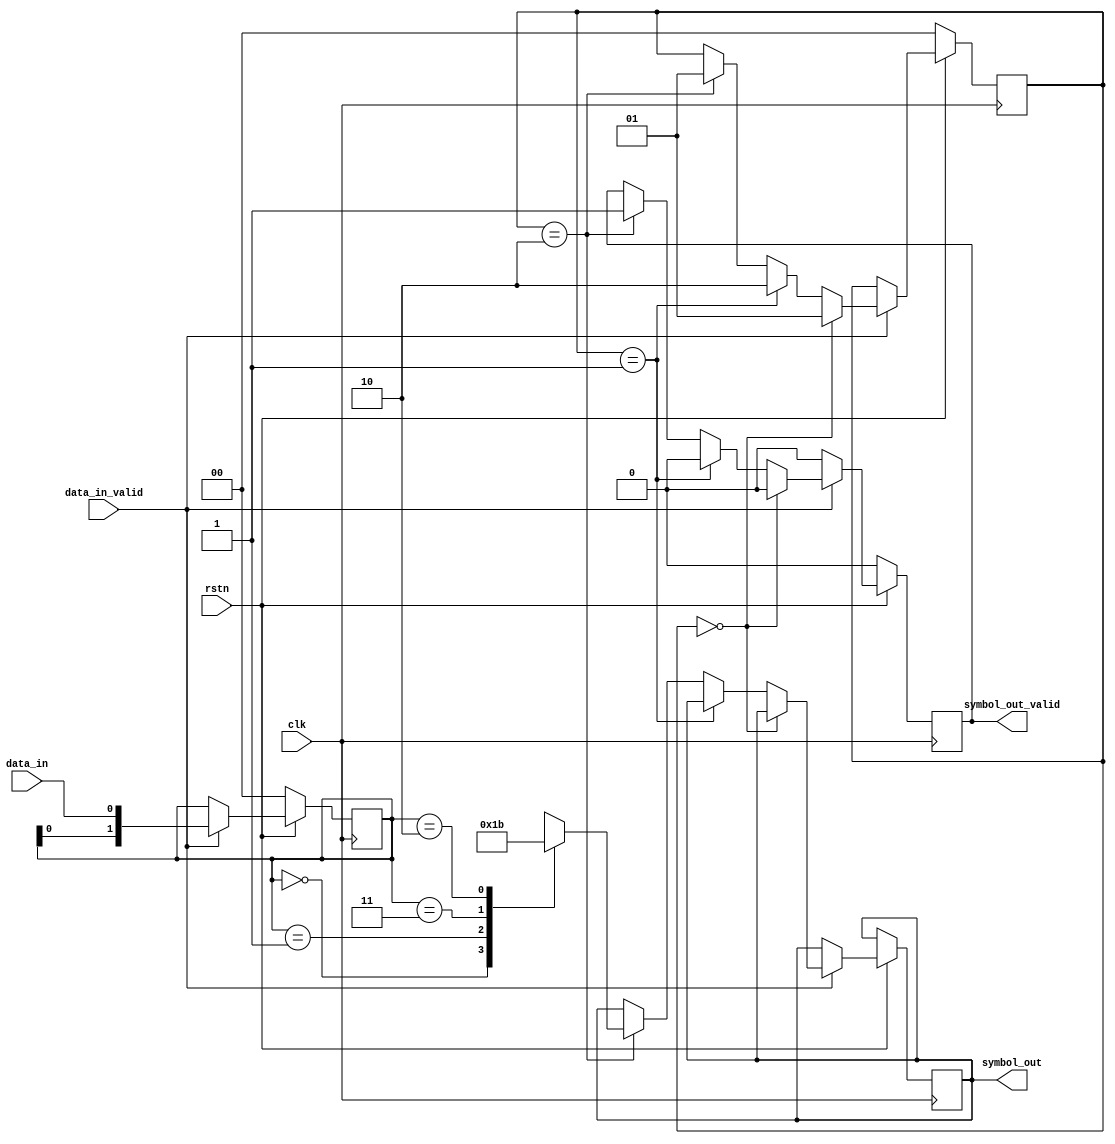
`timescale 1ns / 1ps

module grey_encode(
    input clk,
    input rstn,
    input data_in,
    input data_in_valid,
    output reg [1:0] symbol_out,
    output reg symbol_out_valid =0);
    
    //shift register to store 2 bits input data
    reg [1:0] sr = 'b00;
    
    // bit_idx = 0 if no valid data is in sr
    // bit_idx = 1 if 1 bit valid data is in sr
    // bit_idx = 2 if 2 bits valid data is in sr
    reg [1:0] bit_idx = 0;
    
    
    always @ (posedge clk)
        
        //reset
        if (!rstn) begin
            symbol_out_valid <= 0;
            bit_idx <= 0;
            sr <= 'b00;
            
        end else begin
        
            if (data_in_valid) begin
                // shift valid data into sr
                sr <= {sr[0],data_in};
                
                //2-bit symbol is not yet loaded in
                if (bit_idx == 0) begin
                    bit_idx <=1;
                    symbol_out_valid <= 0;
                end else if (bit_idx == 1) begin
                    bit_idx <=2;
                    symbol_out_valid <= 0;         
                    
                //2-bit symbol is loaded, output corresponding grey-coded symbol    
                end else if (bit_idx == 2) begin
                    case(sr)
                        2'b00: symbol_out <= 2'b00;
                        2'b01: symbol_out <= 2'b01;
                        2'b11: symbol_out <= 2'b10;
                        2'b10: symbol_out <= 2'b11;
                    endcase

                    bit_idx <= 1;
                    symbol_out_valid <= 1;
                end
            end else begin
            symbol_out_valid <=0;
        end 
    end     
endmodule


module grey_decode(
    input clk,
    input rstn,
    input [1:0] symbol_in,
    input symbol_in_valid,
    output data_out,
    output reg data_out_valid = 0);
    
    //stores most recent grey-decoded valid symbol
    reg [1:0] cur_symbol;
    
    //index of cur symbol to output
    reg bit_idx = 0;
    
    assign data_out = cur_symbol[bit_idx];
    
    always @ (posedge clk)
        
        //reset
        if (!rstn) begin
            data_out_valid <= 0;
            bit_idx <= 0;
            
        end else begin
        
            //take in new valid symbol and decode it
            if (symbol_in_valid) begin
                case(symbol_in)
                    2'b00: cur_symbol <= 2'b00;
                    2'b01: cur_symbol <= 2'b01;
                    2'b11: cur_symbol <= 2'b10;
                    2'b10: cur_symbol <= 2'b11;
                endcase
                bit_idx <= 1;
                data_out_valid <= 1;
            
            //decrement bit_idx
            end else if (bit_idx ==1) begin
                bit_idx <= 0;
                data_out_valid <= 1;
            end else begin
                data_out_valid <= 0;
        end
    end
        
endmodule